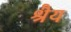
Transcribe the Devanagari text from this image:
श्रैय